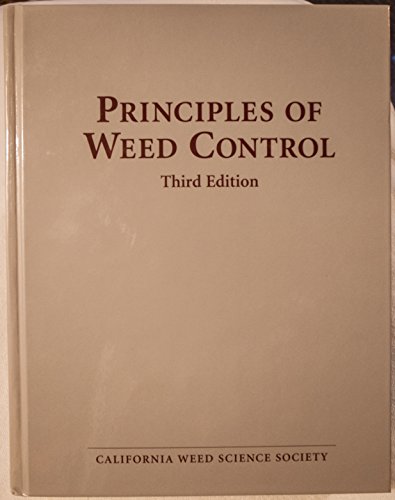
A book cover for Principles of Weed Control; California Weed Science Society; Crafts, Hobbies & Home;